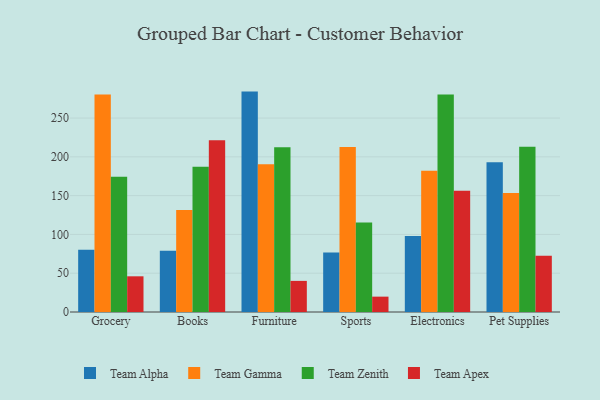
{"axis": {"x": "Category", "y": "Bounce Rate (%)"}, "legend": ["Team Alpha", "Team Apex", "Team Gamma", "Team Zenith"], "data": [{"x": "Grocery", "y": 80.4, "type": "Team Alpha"}, {"x": "Grocery", "y": 280.3, "type": "Team Gamma"}, {"x": "Grocery", "y": 174.4, "type": "Team Zenith"}, {"x": "Grocery", "y": 46.0, "type": "Team Apex"}, {"x": "Books", "y": 79.1, "type": "Team Alpha"}, {"x": "Books", "y": 131.4, "type": "Team Gamma"}, {"x": "Books", "y": 187.2, "type": "Team Zenith"}, {"x": "Books", "y": 221.3, "type": "Team Apex"}, {"x": "Furniture", "y": 284.1, "type": "Team Alpha"}, {"x": "Furniture", "y": 190.3, "type": "Team Gamma"}, {"x": "Furniture", "y": 212.5, "type": "Team Zenith"}, {"x": "Furniture", "y": 40.1, "type": "Team Apex"}, {"x": "Sports", "y": 76.8, "type": "Team Alpha"}, {"x": "Sports", "y": 212.6, "type": "Team Gamma"}, {"x": "Sports", "y": 115.3, "type": "Team Zenith"}, {"x": "Sports", "y": 19.8, "type": "Team Apex"}, {"x": "Electronics", "y": 98.0, "type": "Team Alpha"}, {"x": "Electronics", "y": 182.1, "type": "Team Gamma"}, {"x": "Electronics", "y": 280.5, "type": "Team Zenith"}, {"x": "Electronics", "y": 156.4, "type": "Team Apex"}, {"x": "Pet Supplies", "y": 193.0, "type": "Team Alpha"}, {"x": "Pet Supplies", "y": 153.3, "type": "Team Gamma"}, {"x": "Pet Supplies", "y": 213.0, "type": "Team Zenith"}, {"x": "Pet Supplies", "y": 72.5, "type": "Team Apex"}]}